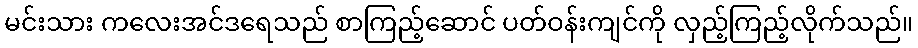
မင်းသား ကလေးအင်ဒရေသည် စာကြည့်ဆောင် ပတ်ဝန်းကျင်ကို လှည့်ကြည့်လိုက်သည်။